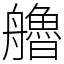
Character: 艪